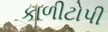
કાળીટોપી